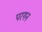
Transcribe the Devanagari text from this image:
परगन